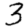
Digit: 3